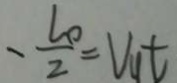
- \frac { l _ { 0 } } { 2 } = V _ { u } t